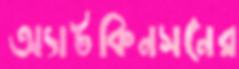
অ্যাটকিনসনের